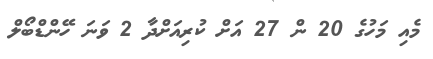
މެއި މަހުގެ 20 ން 27 އަށް ކުރިއަށްދާ 2 ވަނަ ހޭންޑްބޯލް